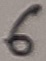
Text: 6